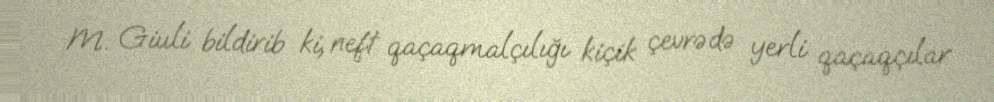
M. Giuli bildirib ki, neft qaçaqmalçılığı kiçik çevrədə yerli qaçaqçılar